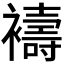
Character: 𮖻